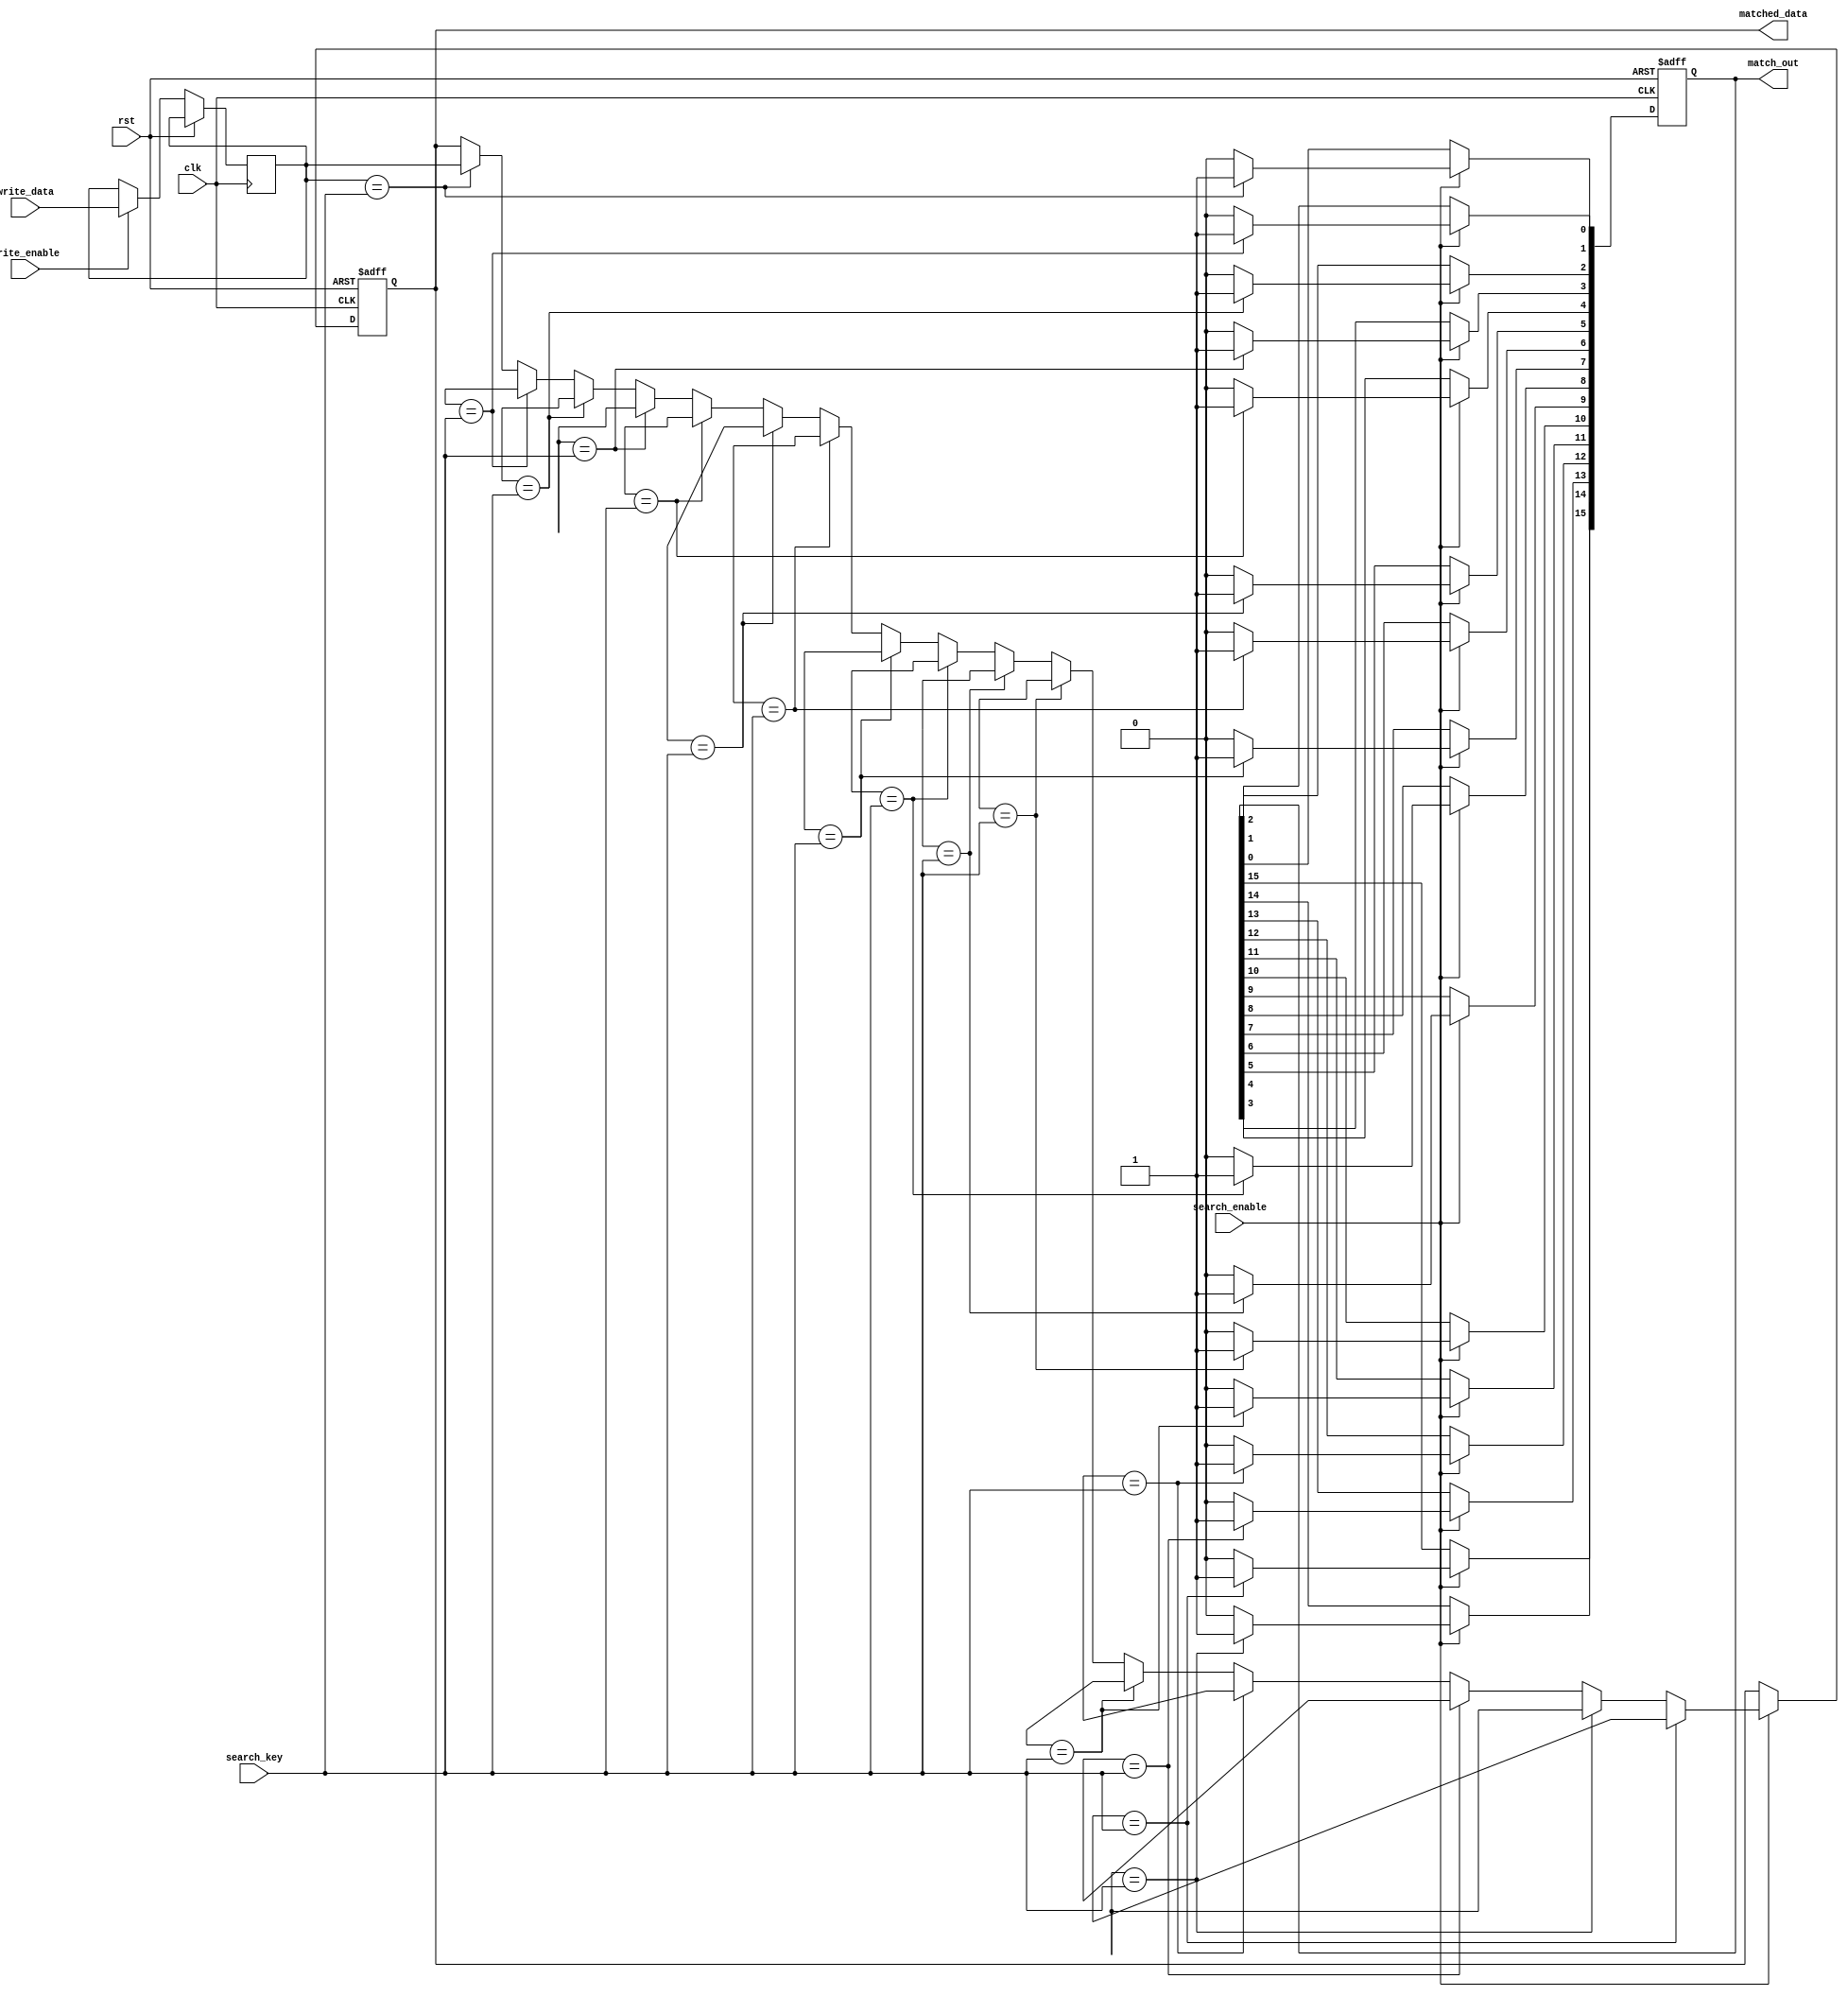
module flash_cam #(
    parameter ENTRY_WIDTH = 8,    // Width of each entry in bits
    parameter NUM_ENTRIES = 16     // Number of entries in the CAM
)(
    input wire clk,                // Clock signal
    input wire rst,                // Reset signal
    input wire [ENTRY_WIDTH-1:0] search_key, // Search key input
    input wire [ENTRY_WIDTH-1:0] write_data, // Data to write
    input wire write_enable,        // Write enable signal
    input wire search_enable,       // Search enable signal
    output reg [NUM_ENTRIES-1:0] match_out, // Match output
    output reg [ENTRY_WIDTH-1:0] matched_data // Data of the matched entry
);

    // Memory array to store entries
    reg [ENTRY_WIDTH-1:0] memory_array [0:NUM_ENTRIES-1];

    // Match logic
    integer i;
    always @(posedge clk or posedge rst) begin
        if (rst) begin
            // Reset match output and matched data
            match_out <= 0;
            matched_data <= 0;
        end else begin
            if (write_enable) begin
                // Write data to memory
                memory_array[0] <= write_data; // Simplified to write to first entry
            end
            
            if (search_enable) begin
                match_out <= 0; // Clear previous match output
                // Compare search key with each entry
                for (i = 0; i < NUM_ENTRIES; i = i + 1) begin
                    if (memory_array[i] == search_key) begin
                        match_out[i] <= 1; // Set match output for matching entry
                        matched_data <= memory_array[i]; // Capture matched data
                    end else begin
                        match_out[i] <= 0; // No match
                    end
                end
            end
        end
    end

endmodule